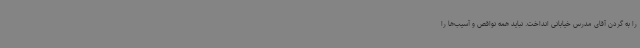
را به گردن آقای مدرس خیابانی انداخت. نباید همه نواقص و آسیب‌ها را